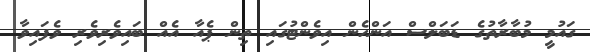
ގައުމީ މުބާރާތުގެ ޑަބަލްސް އަންހެން އިވެންޓުގައި ތިން ޕެއާ އެއް ބައިވެރިވެރި ވެފައިވާ